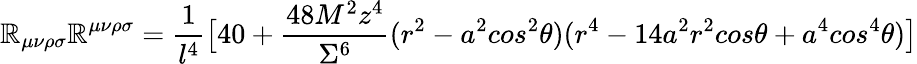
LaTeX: \mathbb{R}_{\mu\nu\rho\sigma}\mathbb{R}^{\mu\nu\rho\sigma}=\frac{{1}}{{l^{4}}}\big[40+\frac{{48M^{2}z^{4}}}{{\Sigma^{6}}}(r^{2}-a^{2}cos^{2}{\theta})(r^{4}-14a^{2}r^{2}cos{\theta}+a^{4}cos^{4}{\theta})\big]